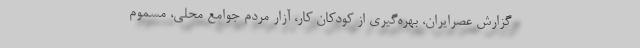
گزارش عصرایران، بهره‌گیری از کودکان کار، آزار مردم جوامع محلی، مسموم